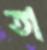
তা